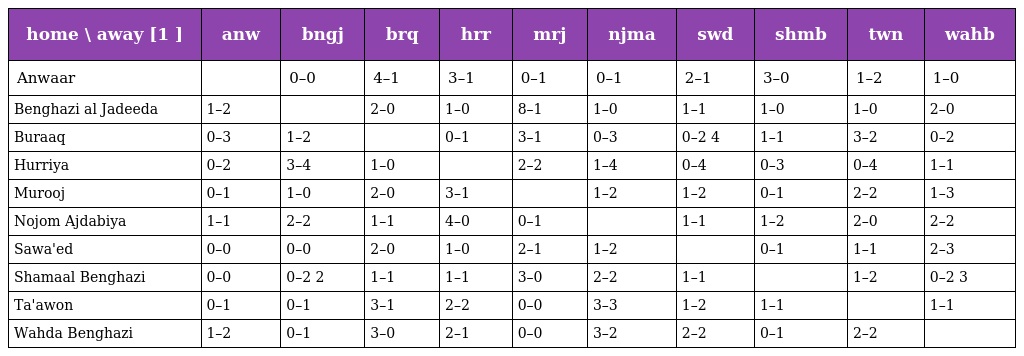
| home \ away [1 ] | anw | bngj | brq | hrr | mrj | njma | swd | shmb | twn | wahb |
 | --- | --- | --- | --- | --- | --- | --- | --- | --- | --- | --- |
 | Anwaar |  | 0–0 | 4–1 | 3–1 | 0–1 | 0–1 | 2–1 | 3–0 | 1–2 | 1–0 |
 | Benghazi al Jadeeda | 1–2 |  | 2–0 | 1–0 | 8–1 | 1–0 | 1–1 | 1–0 | 1–0 | 2–0 |
 | Buraaq | 0–3 | 1–2 |  | 0–1 | 3–1 | 0–3 | 0–2 4 | 1–1 | 3–2 | 0–2 |
 | Hurriya | 0–2 | 3–4 | 1–0 |  | 2–2 | 1–4 | 0–4 | 0–3 | 0–4 | 1–1 |
 | Murooj | 0–1 | 1–0 | 2–0 | 3–1 |  | 1–2 | 1–2 | 0–1 | 2–2 | 1–3 |
 | Nojom Ajdabiya | 1–1 | 2–2 | 1–1 | 4–0 | 0–1 |  | 1–1 | 1–2 | 2–0 | 2–2 |
 | Sawa'ed | 0–0 | 0–0 | 2–0 | 1–0 | 2–1 | 1–2 |  | 0–1 | 1–1 | 2–3 |
 | Shamaal Benghazi | 0–0 | 0–2 2 | 1–1 | 1–1 | 3–0 | 2–2 | 1–1 |  | 1–2 | 0–2 3 |
 | Ta'awon | 0–1 | 0–1 | 3–1 | 2–2 | 0–0 | 3–3 | 1–2 | 1–1 |  | 1–1 |
 | Wahda Benghazi | 1–2 | 0–1 | 3–0 | 2–1 | 0–0 | 3–2 | 2–2 | 0–1 | 2–2 |  |